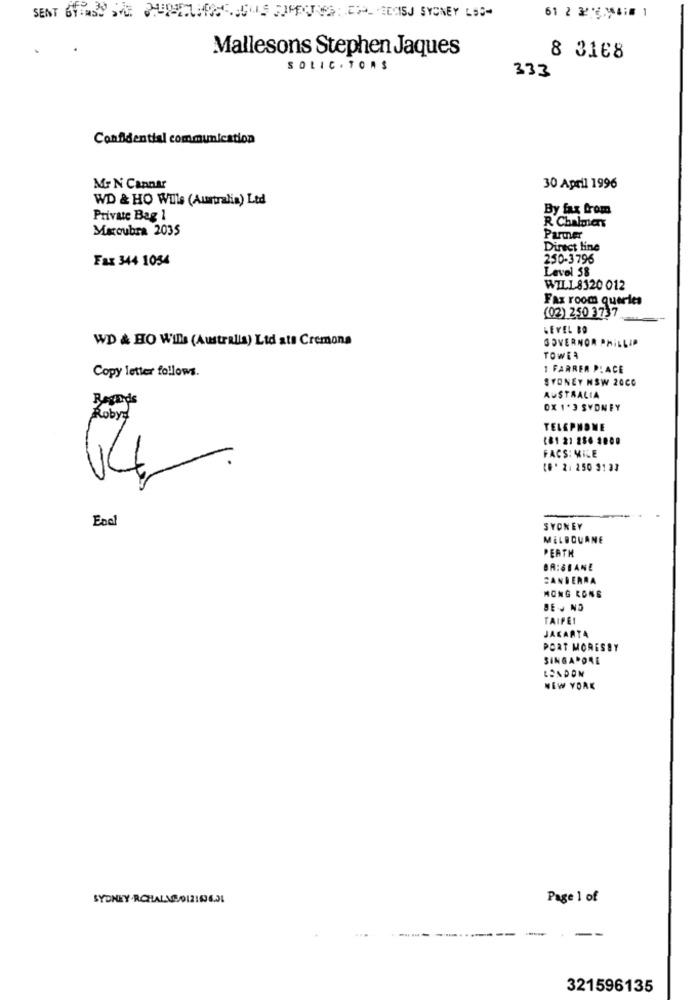
Mallesons Stephen Jaques
8 3168
SOLIC . TORS
333
Confidential communication
Mr N Cannar
30 April 1996
WD & HO Wills (Australia) Ltd
By fax from
Private Bag 1
Macoubra 2035
R Chalmers
Partner
Direct line
Fax 344 1054
250-3796
Level 58
WILL 8120 012
Fax room queries
(02) 250 3737
LEVEL BO
WD & HO Wills (Australia) Lid ata Cremona
GOVERNOR PHILLIP
TOWER
I FARRER PLACE
Copy letter follows.
SYDNEY NSW 20CC
Regards
AUSTRALIA
OX 1*3 SYDNEY
TELEPHONE
181 21 286 2000
FACS: MILE
[6. 2. 250 3133
Encl
SYDNEY
MELBOURNE
PERTH
BRISBANE
CANBERRA
HONG KONG
BEJ NO
TAIPEI
JAKARTA
PORT MORESBY
SINGAPORE
LONDON
NEW YORK
SYDNEY RCHALA 2/01210631
Page 1 of
321596135